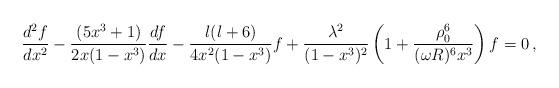
LaTeX: \begin{align*}\frac{d^2 f}{d x^2} - \frac{(5 x^3+1)}{2 x (1-x^3)} \frac{d f}{d x} - \frac{l(l+6)}{4 x^2 (1-x^3)} f +\frac{\lambda^2}{(1-x^3)^2}\left( 1 + \frac{\rho_0^6}{(\omega R)^6 x^3}\right) f =0\,,\end{align*}